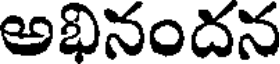
అభినందన